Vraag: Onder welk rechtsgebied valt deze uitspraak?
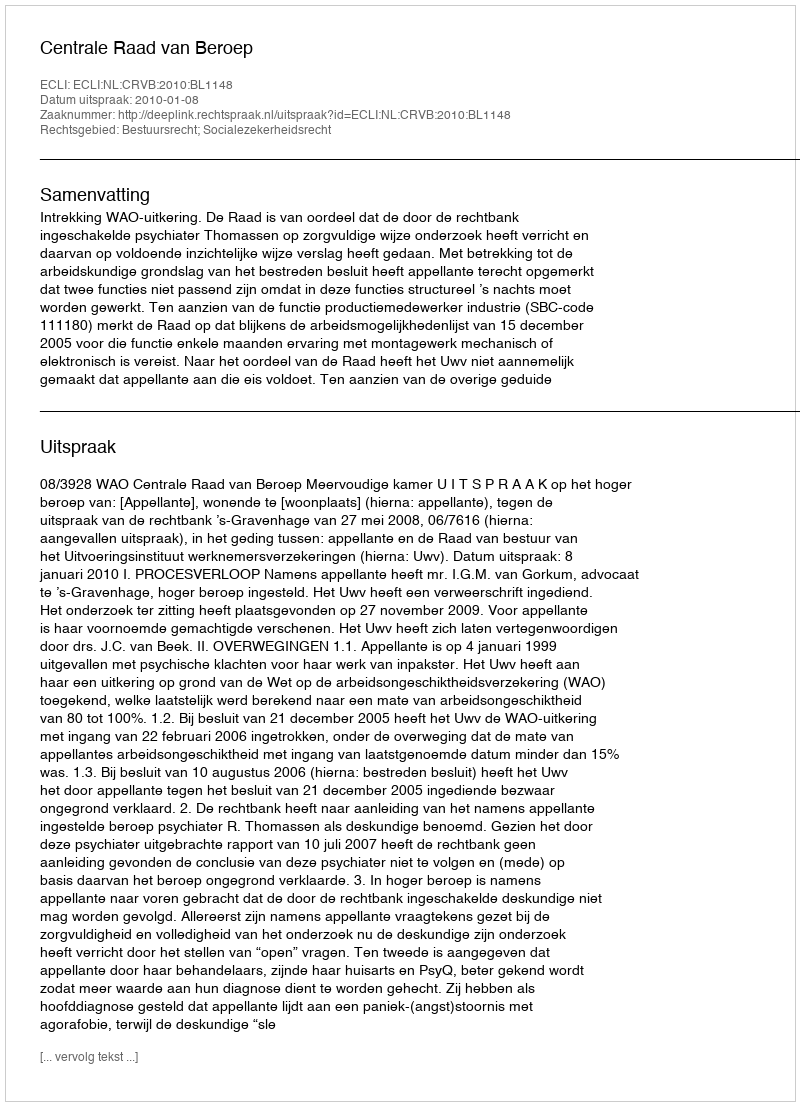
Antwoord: Bestuursrecht; Socialezekerheidsrecht